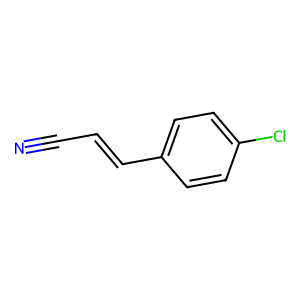
SMILES: N#CC=Cc1ccc(Cl)cc1
Inhibits HIV replication: No